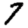
Digit: 7